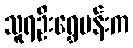
သူရဦးရွှေမန်းက